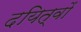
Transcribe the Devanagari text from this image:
दयित्वों